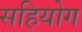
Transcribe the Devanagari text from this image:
सहियोग